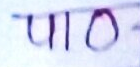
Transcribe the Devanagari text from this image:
पा११०